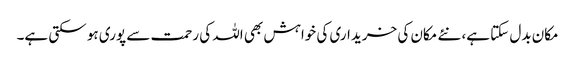
مکان بدل سکتا ہے، نئے مکان کی خریداری کی خواہش بھی اللہ کی رحمت سے پوری ہو سکتی ہے۔